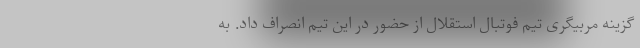
گزینه مربیگری تیم فوتبال استقلال از حضور در این تیم انصراف داد. به